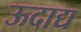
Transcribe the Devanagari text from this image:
ऊदाद्य